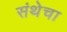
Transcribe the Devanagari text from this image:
संथेचा